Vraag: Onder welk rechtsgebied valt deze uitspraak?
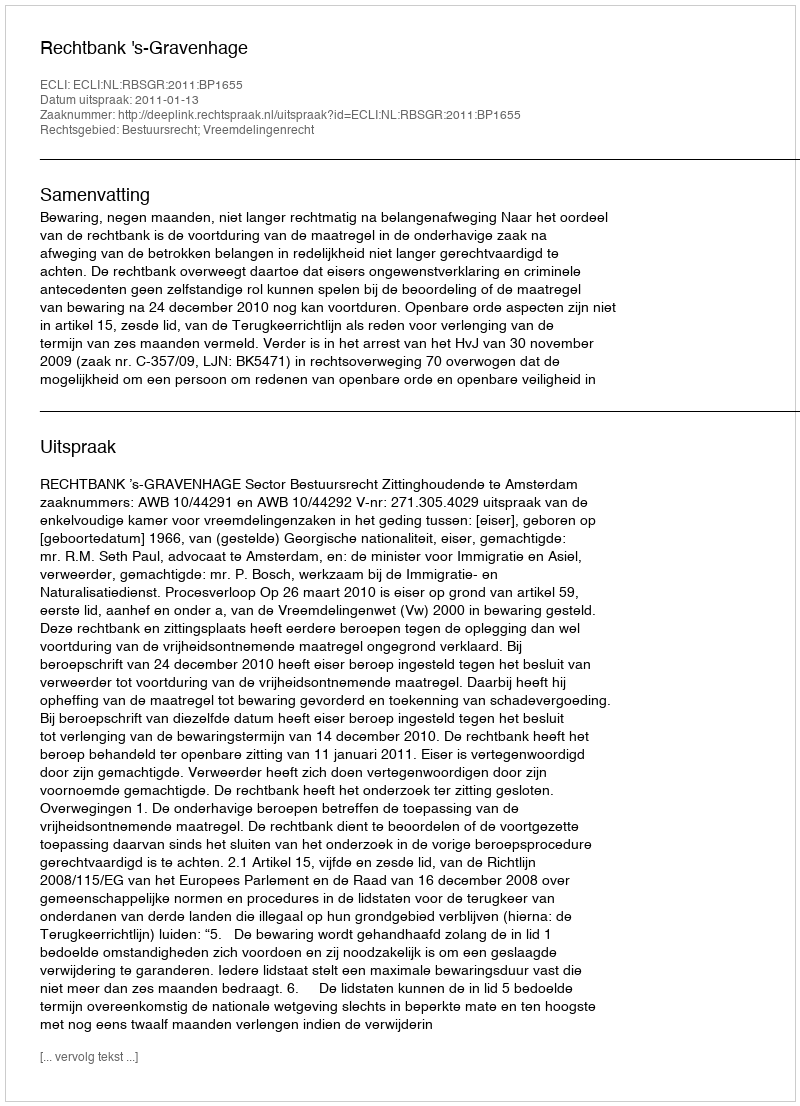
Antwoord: Bestuursrecht; Vreemdelingenrecht